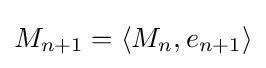
M_{n+1}=\langle M_{n},e_{n+1}\rangle